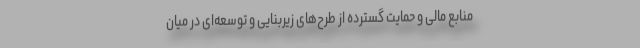
منابع مالی و حمایت گسترده از طرح‌های زیربنایی و توسعه‌ای در میان